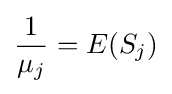
{\frac {1}{\mu _{j}}}=E(S_{j})